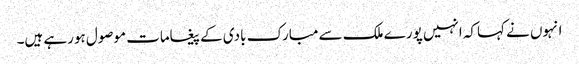
انہوں نے کہاکہ انہیں پورے ملک سے مبارک بادی کے پیغامات موصول ہورہے ہیں۔